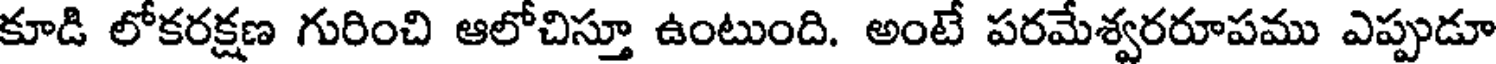
కూడి లోకరక్షణ గురించి ఆలోచిస్తూ ఉంటుంది. అంటే పరమేశ్వరరూపము ఎప్పుడూ